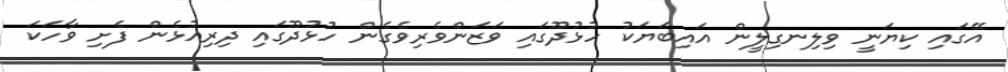
އޭގައި ކިޔަނީ ވިލިނގިލީން އައިބަޔަކު ހުޅުދޫގައި ވަޒަންވެރިވެގެން ހުޅުދޫގައި ދިރިއުޅެން ފެށި ވާހަކަ